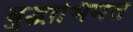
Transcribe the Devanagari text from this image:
बुद्धाभिमत